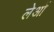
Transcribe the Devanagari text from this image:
लेओं